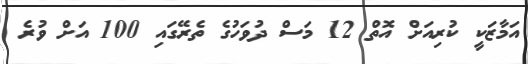
އަމާޒަކީ ކުރިއަށް އޮތް 12 މަސް ދުވަހުގެ ތެރޭގައި 100 އަށް ވުރެ